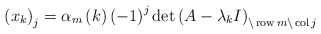
\begin{align*}\left( x_{k}\right) _{j}=\alpha_{m}\left( k\right) \left( -1\right)^{j}\det\left( A-\lambda_{k}I\right) _{\backslash\operatorname{row}m\backslash\operatorname{col}j} \end{align*}